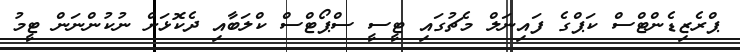
ޕްރެޒިޑެންޓްސް ކަޕްގެ ފައިނަލް މެޗުގައި ޓީސީ ސްޕޯޓްސް ކްލަބާއި ދެކޮޅަށް ނުކުންނަން ޓީމު